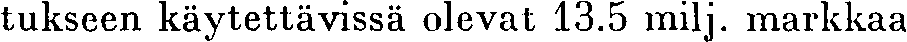
tukseen käytettävissä olevat 13.5 milj. markkaa